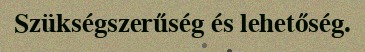
Szükségszerűség és lehetőség.